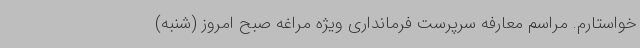
خواستارم. مراسم معارفه سرپرست فرمانداری ویژه مراغه صبح امروز (شنبه)